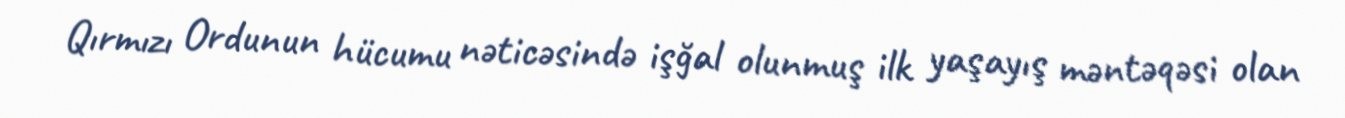
Qırmızı Ordunun hücumu nəticəsində işğal olunmuş ilk yaşayış məntəqəsi olan